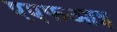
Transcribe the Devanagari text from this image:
एएफआइ